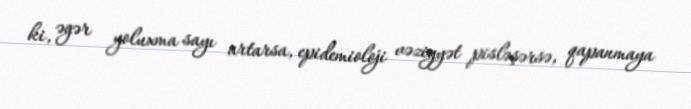
ki, əgər yoluxma sayı artarsa, epidemioloji vəziyyət pisləşərsə, qapanmaya